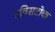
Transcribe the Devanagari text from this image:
टविसटोक